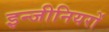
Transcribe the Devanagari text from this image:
इन्जीनियरों